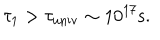
LaTeX: \tau _ { 1 } > \tau _ { \mathrm { u n i v } } \sim 1 0 ^ { 1 7 } \mathrm { s } .